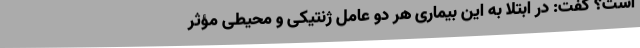
است؟ گفت: ‌در ابتلا به این بیماری هر دو عامل ژنتیکی و محیطی مؤثر